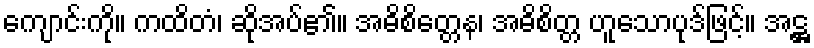
ကျောင်းကို။ ကထိတံ၊ ဆိုအပ်၏။ အဓိစိတ္တေန၊ အဓိစိတ္တ ဟူသောပုဒ်ဖြင့်။ အဋ္ဌ